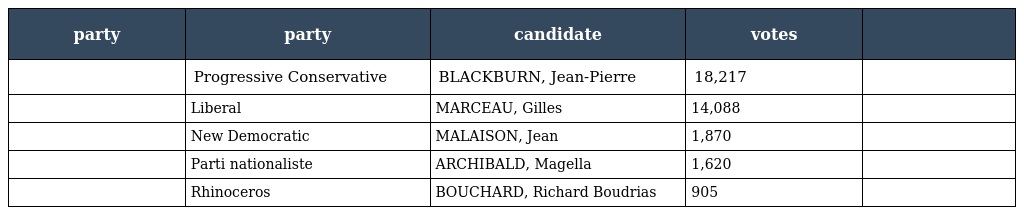
| party | party | candidate | votes |  |
 | --- | --- | --- | --- | --- |
 |  | Progressive Conservative | BLACKBURN, Jean-Pierre | 18,217 |  |
 |  | Liberal | MARCEAU, Gilles | 14,088 |  |
 |  | New Democratic | MALAISON, Jean | 1,870 |  |
 |  | Parti nationaliste | ARCHIBALD, Magella | 1,620 |  |
 |  | Rhinoceros | BOUCHARD, Richard Boudrias | 905 |  |